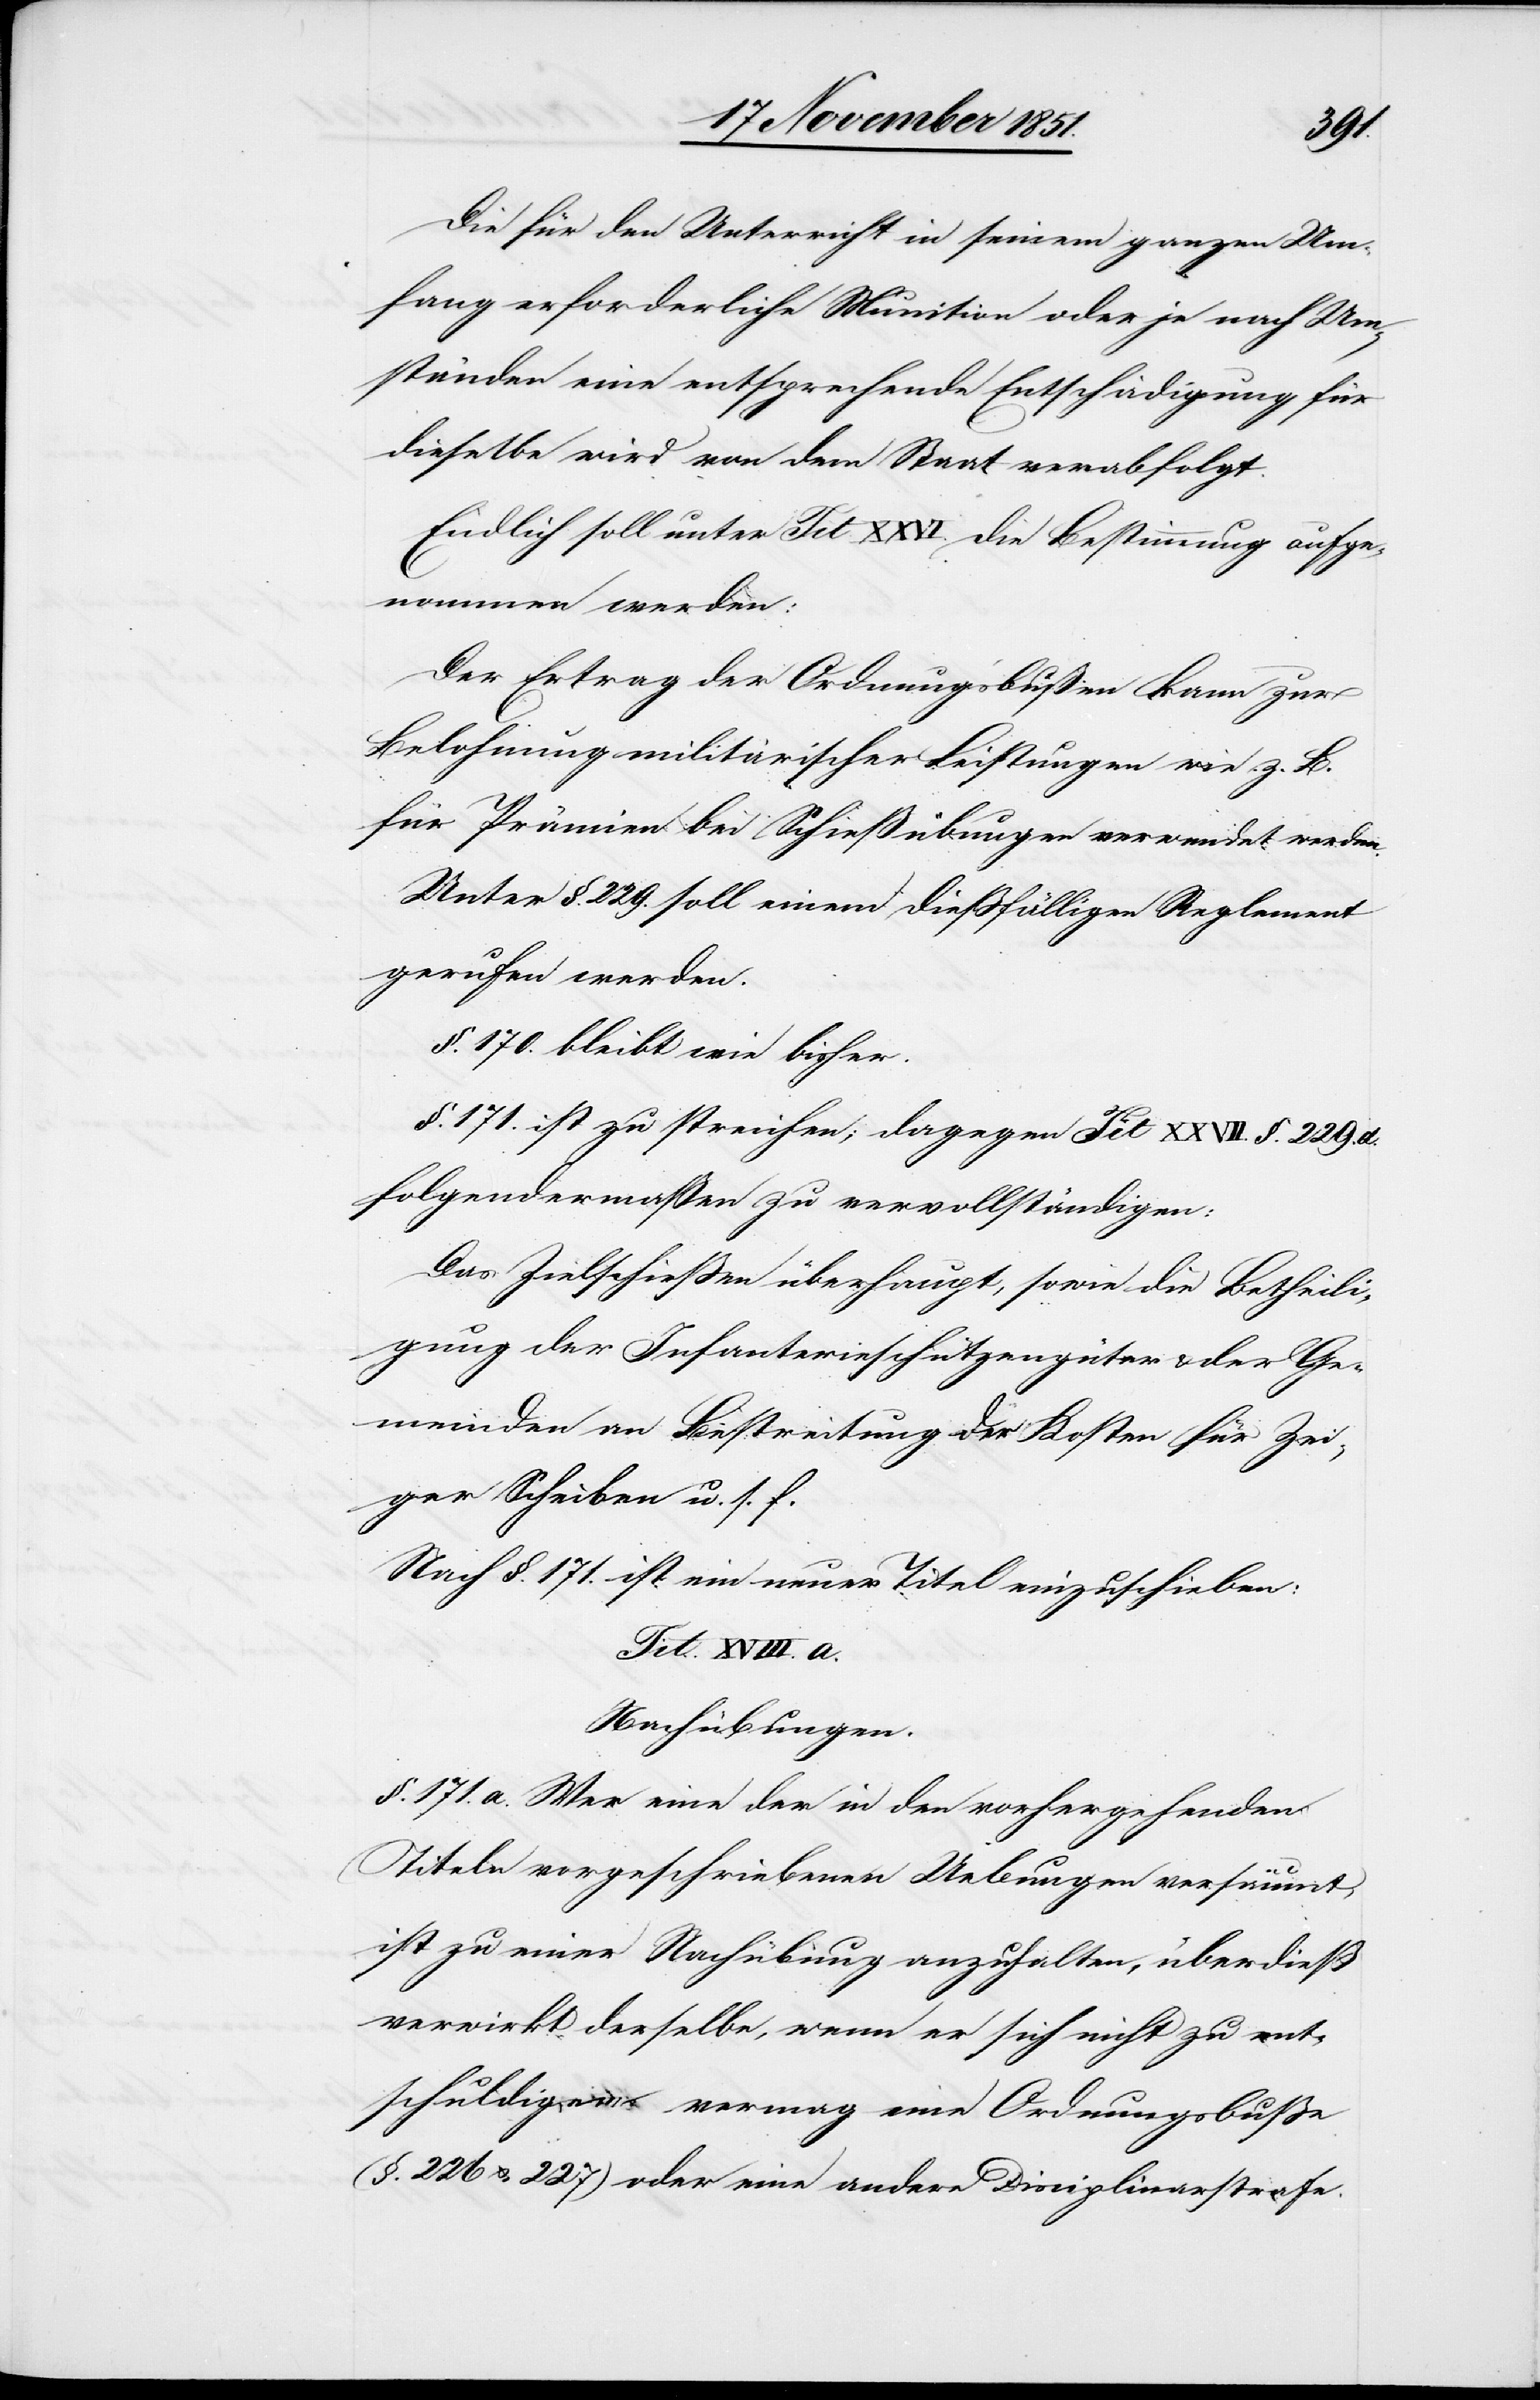
Die für den Unterricht in seinem ganzen Um¬
fang erforderliche Munition oder je nach Um¬
ständen eine entsprechende Entschädigung für
dieselbe wird von dem Staat verabfolgt.
Endlich soll unter Tit XXVI. die Bestimmung aufge¬
nommen werden:
Der Ertrag der Ordnungsbußen kann zur
Belohnung militärischer Leistungen wie z. B.
für Prämien bei Schießübungen verwendet werden.
Unter §. 229. soll einem dießfälligen Reglement
gerufen werden.
§. 170. bleibt wie bisher.
§. 171. ist zu streichen; dagegen Tit XXVII. §. 229. d.
folgendermaßen zu vervollständigen:
Das Zielschießen überhaupt, sowie die Betheili¬
gung der Infanterieschützengüter & der Ge¬
meinden an Bestreitung der Kosten für Zei¬
ger[,] Scheiben u. s. f.
Nach §. 171. ist ein neuer Titel einzuschieben:
Nachübungen.
§. 171. a. Wer eine der in den vorhergehenden
Titeln vorgeschriebenen Uebungen versäumt,
ist zu einer Nachübung anzuhalten, überdieß
verwirkt derselbe, wenn er sich nicht zu ent¬
schuldigen vermag eine Ordnungsbuße
(§. 226 & 227) oder eine andere Disciplinarstrafe.